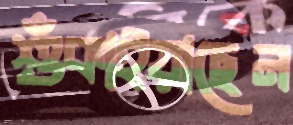
শুঁকাইয়াছেন